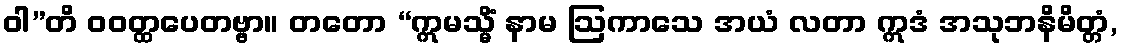
ဝါ”တိ ဝဝတ္ထပေတဗ္ဗာ။ တတော “ဣမသ္မိံ နာမ ဩကာသေ အယံ လတာ ဣဒံ အသုဘနိမိတ္တံ,